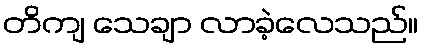
တိကျ သေချာ လာခဲ့လေသည်။